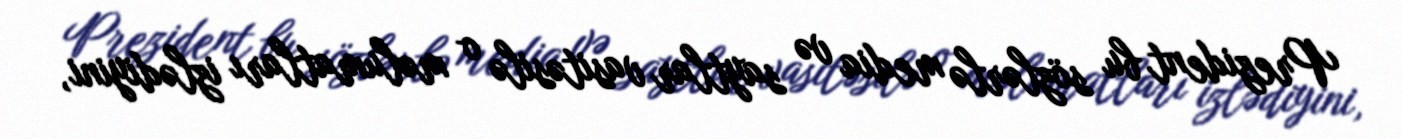
Prezident bu sözlərlə media və saytlar vasitəsilə o məlumatları izlədiyini,